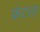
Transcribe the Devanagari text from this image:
फ्रंटला